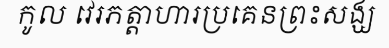
កូល វេរភត្តាហារប្រគេនព្រះសង្ឃ